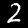
Label: 2